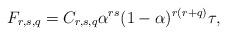
LaTeX: \begin{align*}F_{r,s,q}=C_{r,s,q}\alpha^{rs}(1-\alpha)^{r(r+q)}\tau,\end{align*}